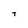
Character: T